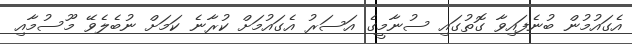
އެގައުމުން ބުނެފައިވާ ގޮތުގައި ސުނާމީގެ އަސަރު އެގައުމަށް ކުރާނެ ކަމަށް ނުބެލެވޭ މޫސުމާއި